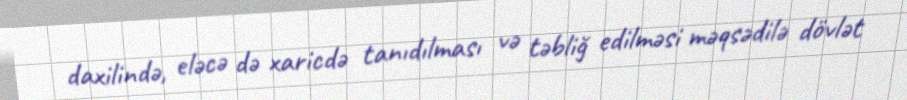
daxilində, eləcə də xaricdə tanıdılması və təbliğ edilməsi məqsədilə dövlət